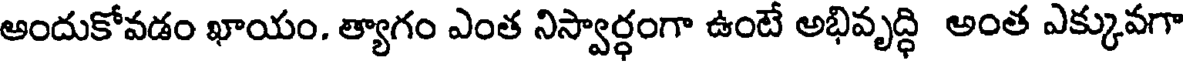
అందుకోవడం ఖాయం. త్యాగం ఎంత నిస్వార్ధంగా ఉంటే అభివృద్ధి అంత ఎక్కువగా